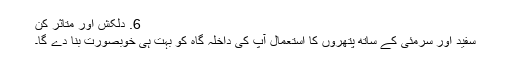
6. ​دلکش اور متاثر کن
سفید اور سرمئی کے ساتھ پتھروں کا استعمال آپ کی داخلہ گاہ کو بہت ہی خوبصورت بنا دے گا۔